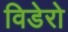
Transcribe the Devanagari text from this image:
विडेरो